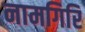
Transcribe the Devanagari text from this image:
नामगिरि